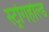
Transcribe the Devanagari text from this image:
स्ट्रोंगहोल्ड